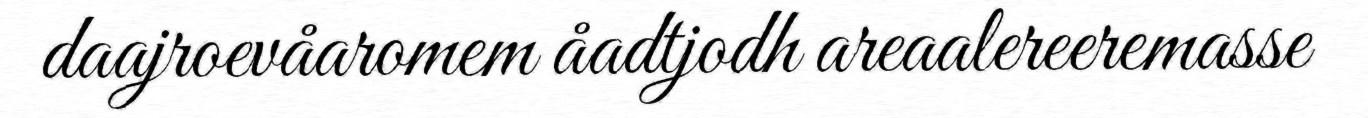
daajroevåaromem åadtjodh areaalereeremasse